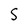
Character: S